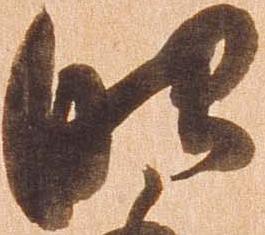
昭